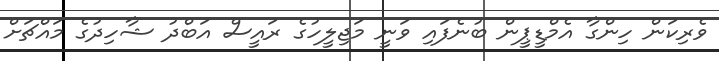
ވެރިކަން ހިންގާ އެމްޑީޕީން ބުނެފައި ވަނީ މަޖިލީހުގެ ރައީސް އަބްދު ޝާހިދުގެ މައްޗަށް